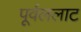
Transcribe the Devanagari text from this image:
पूर्वललाट